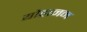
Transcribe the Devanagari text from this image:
यौहानन